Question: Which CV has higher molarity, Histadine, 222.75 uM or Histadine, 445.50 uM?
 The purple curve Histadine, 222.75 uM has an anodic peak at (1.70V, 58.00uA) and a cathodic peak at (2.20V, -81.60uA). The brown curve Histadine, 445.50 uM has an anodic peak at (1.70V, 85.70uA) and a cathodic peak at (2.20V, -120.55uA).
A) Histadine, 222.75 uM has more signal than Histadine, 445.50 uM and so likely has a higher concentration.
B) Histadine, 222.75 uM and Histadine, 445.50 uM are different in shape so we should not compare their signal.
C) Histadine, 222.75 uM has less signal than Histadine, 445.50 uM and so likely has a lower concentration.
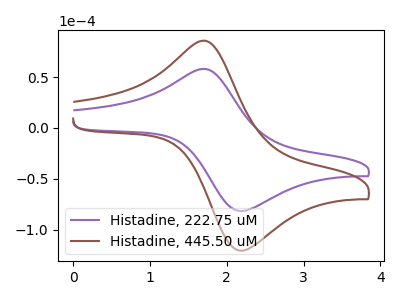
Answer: <think>All the peaks in "Histadine, 222.75 uM" have a peak in "Histadine, 445.50 uM" at the same potential. Every peak in "Histadine, 222.75 uM" is lower than every peak in "Histadine, 445.50 uM".
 </think>
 <answer>C) "Histadine, 222.75 uM" has less signal than "Histadine, 445.50 uM" and so likely has a lower concentration.</answer>
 <eval>C</eval>